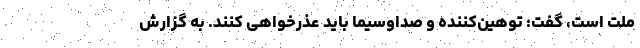
ملت‌ است، گفت: توهین‌کننده و صداوسیما باید عذرخواهی کنند. به گزارش